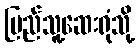
ပြည်သူ့ဆေးရုံသို့